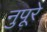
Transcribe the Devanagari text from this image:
नुपूरे